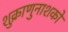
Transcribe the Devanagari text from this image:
शुक्राणुनाशको